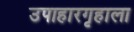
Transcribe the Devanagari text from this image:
उपाहारगृहाला